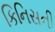
કિનિસની